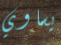
يساوي